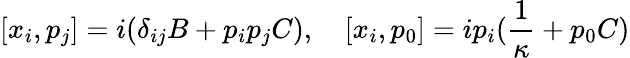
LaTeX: [x_{i},p_{j}]=i(\delta_{ij}B+p_{i}p_{j}C),\quad[x_{i},p_{0}]=ip_{i}(\frac{1}{\kappa}+p_{0}C)